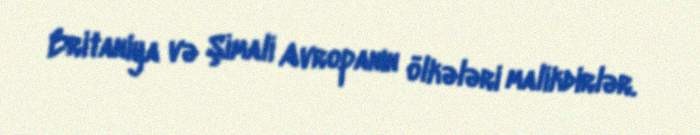
Britaniya və Şimali Avropanın ölkələri malikdirlər.